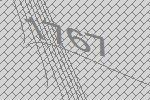
1767